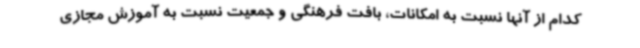
کدام از آنها نسبت به امکانات، بافت فرهنگی و جمعیت نسبت به آموزش مجازی